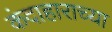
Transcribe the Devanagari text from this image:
कंदाहाराच्या